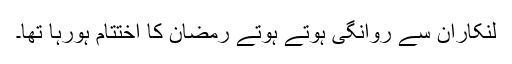
لنکاران سے روانگی ہوتے ہوتے رمضان کا اختتام ہورہا تھا۔